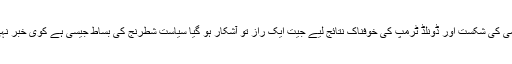
لودھراں کے الیکشن ہوں یا مخدوم جاوید ہاشمی کی شکست اور ڈونلڈ ٹرمپ کی خوفناک نتائج لیے جیت ایک راز تو آشکار ہو گیا سیاست شطرنج کی بساط جیسی ہے کوی خبر نہی کب وزیر گھیرے میں آ گیا اور بادشاہ ختم۔